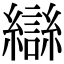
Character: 龻